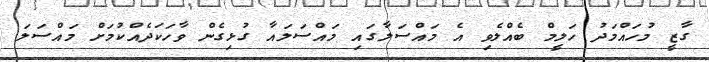
ގާޒީ މުހައްމަދު ހަލީމް ބެއްލެވި އެ މައްސަލާގައި މައްސަލައާ ގުޅިގެން ވާހަކަދެއްކުމަށް މައްސަލަ